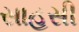
સાહસી